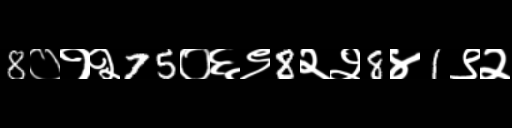
Text: 8०१२75०६९8२२8४1९२